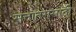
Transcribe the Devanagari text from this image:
सत्तांतरासाठी